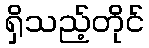
ရှိသည့်တိုင်